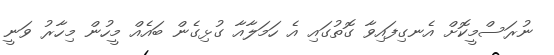
ނުރަސްމީކޮށް އެނގިފައިވާ ގޮތުގައި އެ ހަމަލާއާ ގުޅިގެން ބައެއް މީހުން މިހާރު ވަނީ